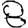
Digit: 8